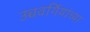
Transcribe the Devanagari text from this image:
उच्चवर्गियांच्या